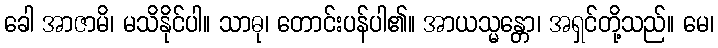
ခေါ အာဇာမိ၊ မသိနိုင်ပါ။ သာဓု၊ တောင်းပန်ပါ၏။ အာယသ္မန္တော၊ အရှင်တို့သည်။ မေ၊